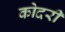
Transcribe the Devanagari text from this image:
कोदरी